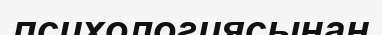
психологиясынан